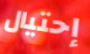
إحتيال